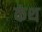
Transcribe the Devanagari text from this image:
कंथ